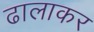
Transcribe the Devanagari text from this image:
ढालाकर